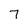
Character: 7